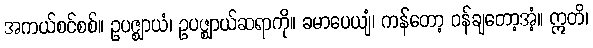
အကယ်စင်စစ်။ ဥပဇ္ဈာယံ၊ ဥပဇ္ဈာယ်ဆရာကို။ ခမာပေယျံ၊ ကန်တော့ ဝန်ချတော့အံ့။ ဣတိ၊